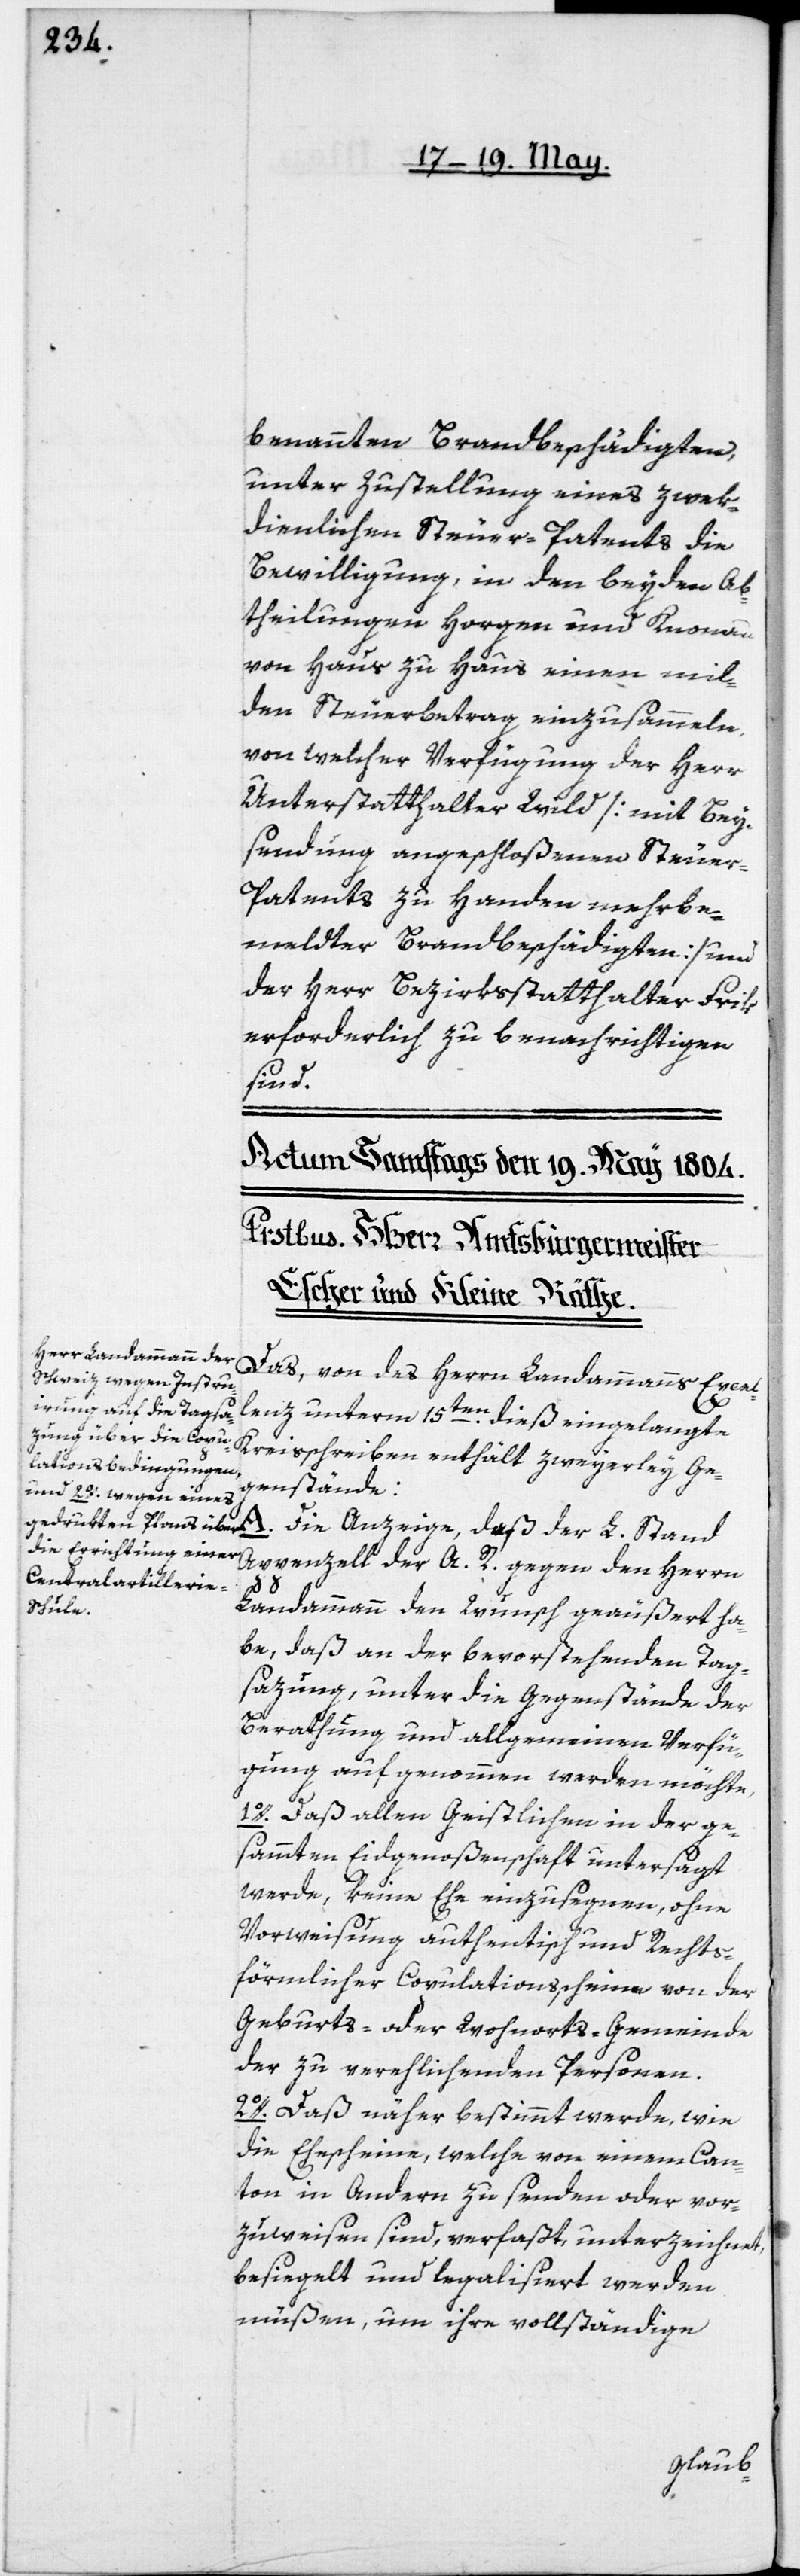
benannten Brandbeschädigten,
unter Zustellung eines zek¬
dienlichen Steuer-Patents die
Bewilligung in den beyden Ab¬
theilungen Horgen und Knonau
von Haus zu Haus einen mil¬
den Steuerbetrag einzusammeln,
von welcher Verfügung der Herr
Unterstatthalter Wild [mit Bey¬
sendung angeschloßenen Steue¬
r-Patents zu Handen mehrbe¬
meldter Brandbeschädigten] und
der Herr Bezirksstatthalter Frik
erforderlich zu benachrichtigen
sind.
Das, von des Herrn Landammanns Excel¬
L.
lenz unterm 15ten dieß eingelangte
Kreisschreiben enthält zweyerley Ge¬
genstände:
Appenzell der A. R. gegen den Herrn
Landammann den Wunsch geäußert ha¬
be, daß an der bevorstehenden Tag¬
sazung, unter die Gegenstände der
Berathung und allgemeinen Verfü¬
gung aufgenommen werden möchte,
1o. daß allen Geistlichen in der ge¬
sammten Eidgenoßenschaft untersagt
werde, keine Ehe einzusegnen, ohne
Vorweisung authentisch und Rechts¬
förmlicher Copulationsscheine von der
Geburts- oder Wohnorts-Gemeind¬
e zu verehlichenden Personen.
2o. Daß näher bestimmt werde, wie
die Ehescheine, welche von einem Can¬
ton in Andern zu senden oder vor¬
zuweisen sind, verfaßt, unterzeichnet,
besiegelt und legalisiert werden
müßen, um ihre vollständige